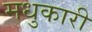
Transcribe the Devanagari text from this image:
मधुकारी